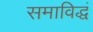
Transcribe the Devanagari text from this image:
समाविद्धं